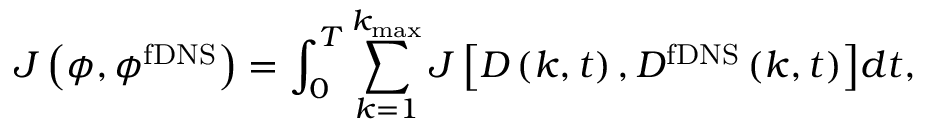
{ \cal J } \left( { \phi , { \phi ^ { \mathrm { { f D N S } } } } } \right) = \int _ { 0 } ^ { T } { \sum _ { k = 1 } ^ { { k _ { \operatorname* { m a x } } } } { J \left[ { { D } \left( { k , t } \right) , D ^ { \mathrm { { f D N S } } } \left( { k , t } \right) } \right] } d t } ,